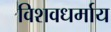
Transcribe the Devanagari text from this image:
विशवधर्माय